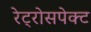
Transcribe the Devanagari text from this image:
रेट्रोसपेक्ट